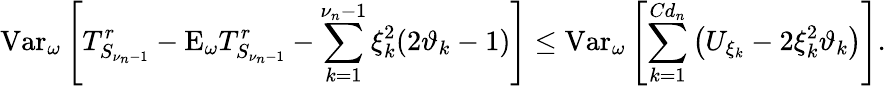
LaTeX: \mathrm{Var}_{\omega}\left[T_{S_{\nu_{n}-1}}^{r}-\mathrm{E}_{\omega}T_{S_{\nu_{n}-1}}^{r}-\sum_{k=1}^{\nu_{n}-1}\xi_{k}^{2}(2\vartheta_{k}-1)\right]\leq\mathrm{Var}_{\omega}\left[\sum_{k=1}^{Cd_{n}}\left(U_{\xi_{k}}-2\xi_{k}^{2}\vartheta_{k}\right)\right].